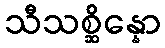
သီသစ္ဆိန္နော